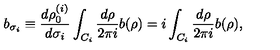
b _ { \sigma _ { i } } \equiv { \frac { d \rho _ { 0 } ^ { ( i ) } } { d \sigma _ { i } } } \int _ { C _ { i } } { \frac { d \rho } { 2 \pi i } } b ( \rho ) = i \int _ { C _ { i } } { \frac { d \rho } { 2 \pi i } } b ( \rho ) ,